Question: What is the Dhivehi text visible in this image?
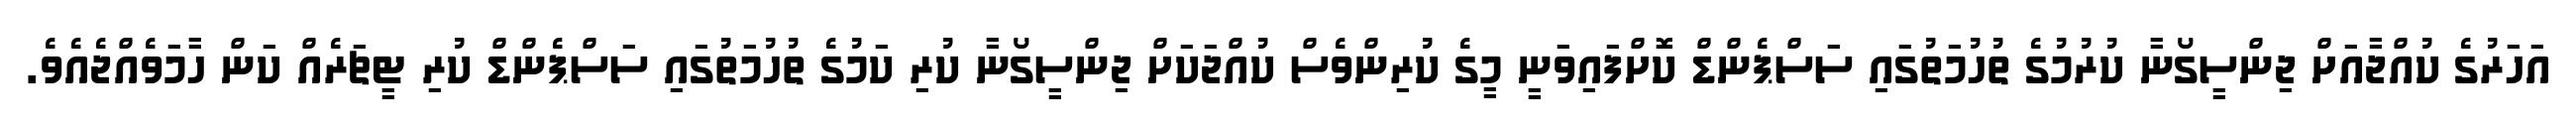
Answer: އަހަރުގެ ކުއްޖާއަށް ޖިންސީގޯނާ ކުރުމުގެ ތުހުމަތުގައި ސަސްޕެންޑް ކޮށްފައިވަނީ މީގެ ކުރިންވެސް ކުއްޖަކަށް ޖިންސީގޯނާ ކުރި ކަމުގެ ތުހުމަތުގައި ސަސްޕެންޑް ކުރި ޓީޗަރެއް ކަން ހާމަވެއްޖެއެވެ.